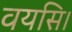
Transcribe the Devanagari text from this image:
वयसि।